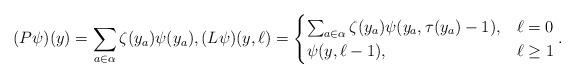
LaTeX: \begin{align*} (P\psi)(y)=\sum_{a\in\alpha} \zeta(y_a)\psi(y_a), (L \psi)(y, \ell) = \begin{cases} \sum_{a \in \alpha} \zeta(y_a) \psi(y_a, \tau(y_a)-1), & \ell=0 \\ \psi(y, \ell-1), & \ell \ge 1 \end{cases}.\end{align*}